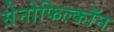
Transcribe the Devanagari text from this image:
सेनोफिल्कॉन